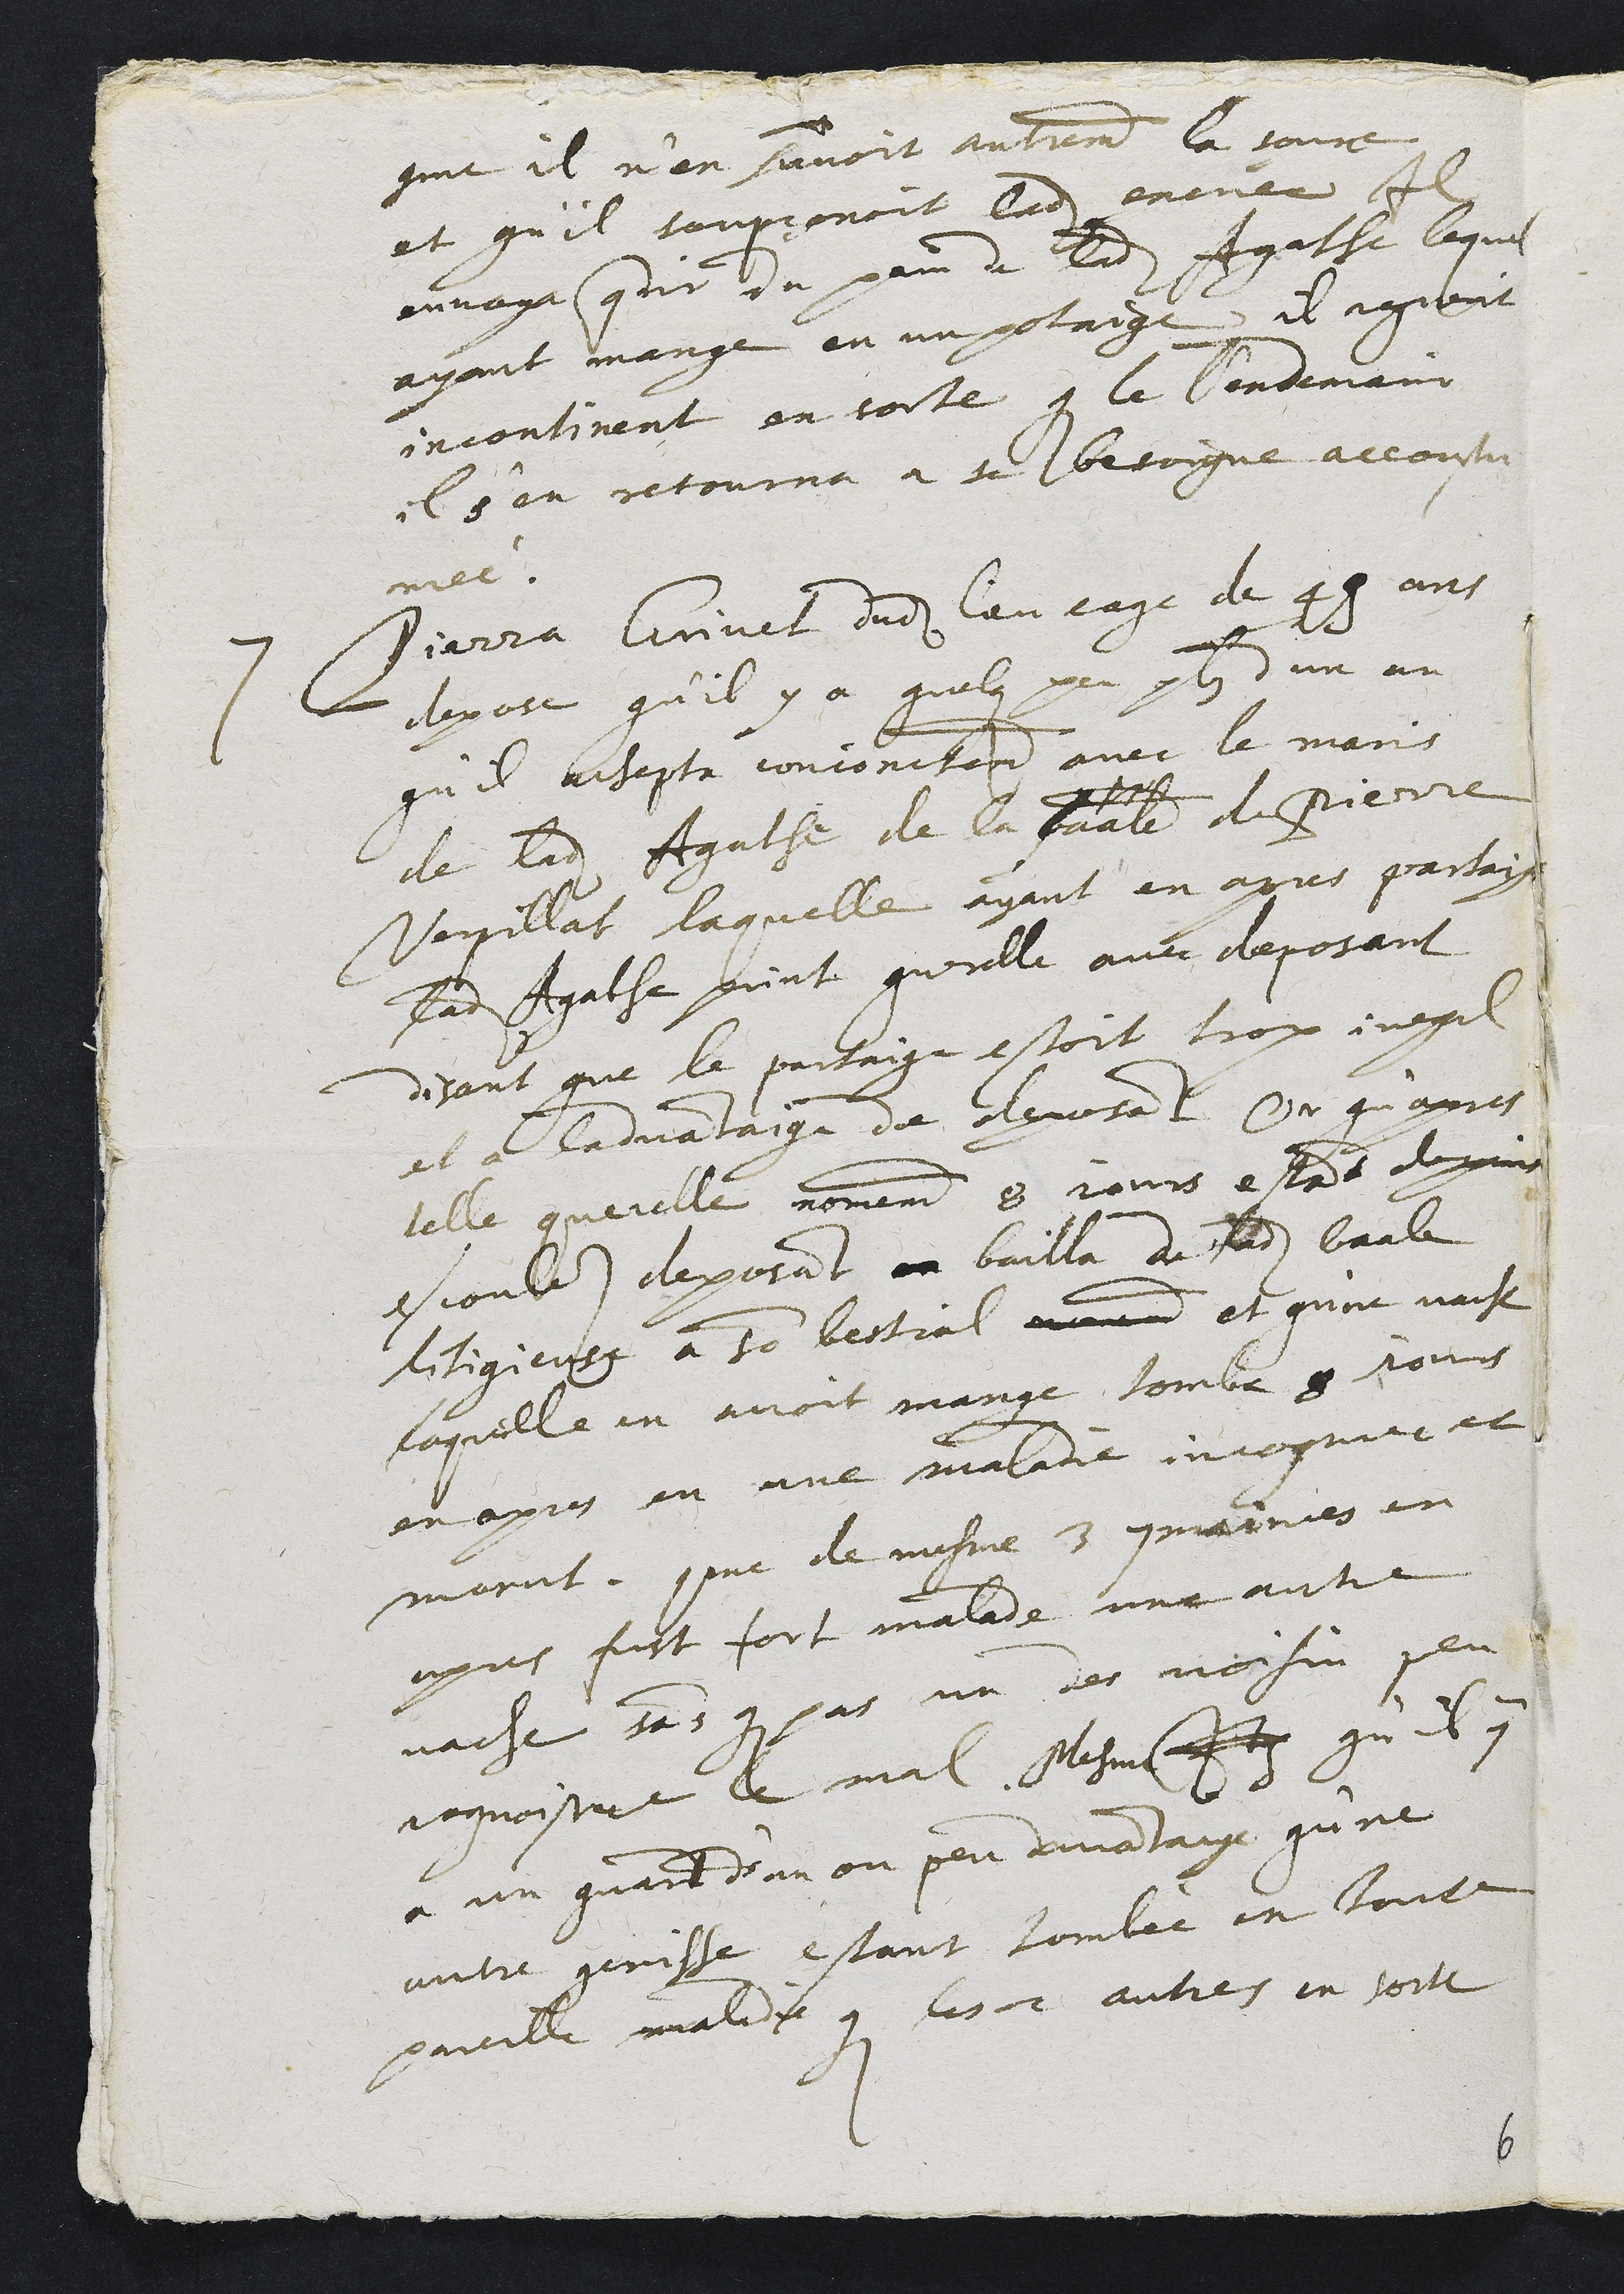
comme il n'en scavoit autrement la source
et qu'il soupçonnoit ladite encriee Il
envoya querir du pain de ladite Agathe lequel
ayant mange en un potaige il reguerit
incontinent en sorte que le lendemain
il s'en retourna a sa besoigne accoustu
mée.
7 Pierra Grivet dudit lieu eage de 49 ans
depose qu'il y a quelque peu plus d'un an
qu'il achepta conjoinctement avec le maris
de ladite Agathe de la paale de Pierre
Verpillat laquelle ayant en apres partaige
ladite Agathe print querelle avec deposant
disant que le partaige estoit trop inegal
et a ladvantaige de deposant Or qu'apres
telle querelle nomement 8 jours estant depuis
escoules deposant en bailla de ladite baale
litigieuse a son bestial nomement et qu'ne vache
laquelle en avoit mange tomba 8 jours
en apres en une maladie incognue et
morut comme de mesme 3 sepmaines en
apres fust fort malade une autre
vache sans que pas un des voisin sceut
cognoistre le mal. Mesme Item qu'il y
a un quard d'an ou peu davantaige qu'ne
autre genisse estant tombee en toute
pareille maladie que les 2 autres en sorte